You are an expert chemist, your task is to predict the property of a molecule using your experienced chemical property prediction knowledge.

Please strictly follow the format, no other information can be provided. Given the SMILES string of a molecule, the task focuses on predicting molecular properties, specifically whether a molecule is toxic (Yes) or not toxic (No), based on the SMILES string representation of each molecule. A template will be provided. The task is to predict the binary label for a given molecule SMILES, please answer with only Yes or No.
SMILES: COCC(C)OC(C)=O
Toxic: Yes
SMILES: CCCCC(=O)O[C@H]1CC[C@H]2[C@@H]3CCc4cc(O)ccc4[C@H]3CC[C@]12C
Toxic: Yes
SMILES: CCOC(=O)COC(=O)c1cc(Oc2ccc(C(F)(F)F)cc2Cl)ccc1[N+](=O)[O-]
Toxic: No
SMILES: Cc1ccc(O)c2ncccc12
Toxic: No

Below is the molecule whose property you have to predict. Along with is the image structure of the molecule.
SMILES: CCCCC/C=C/C=C/C=O
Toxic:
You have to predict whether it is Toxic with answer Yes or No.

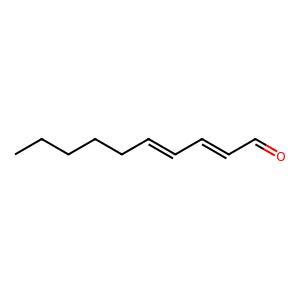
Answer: No